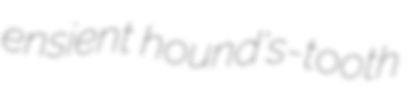
ensient hound's-tooth